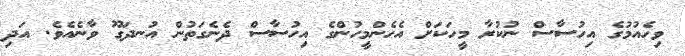
ވިހެއުމުގެ އިހުސާސް ނުކުރާ މީހަކަށް އެހެންމީހުންގެ އިހުސާސް ދެނެގަތުން އުނދަގޫ ވާނެއެވެ. އަދި